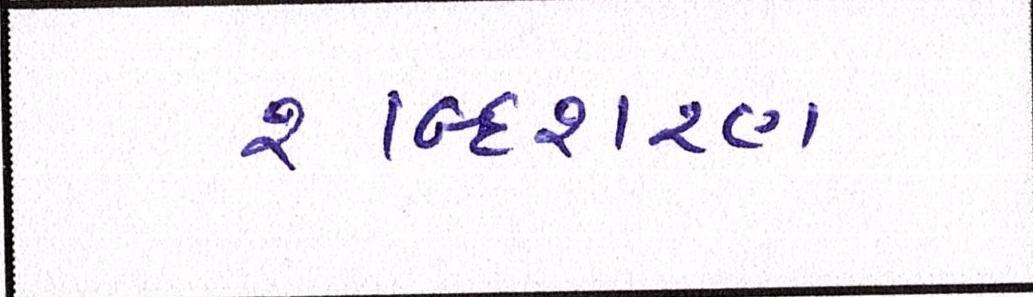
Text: શબ્દશરણ